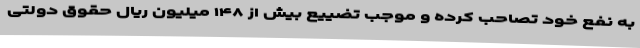
به نفع خود تصاحب کرده و موجب تضییع بیش از ۱۴۸ میلیون ریال حقوق دولتی